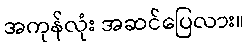
အကုန်လုံး အဆင်ပြေလား။